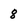
Character: 8